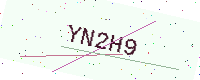
Text: YN2H9